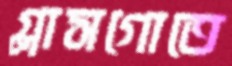
গ্লাসগোতে